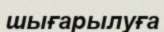
шығарылуға